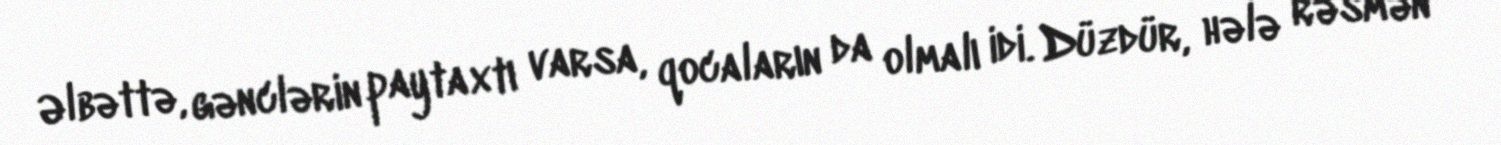
Əlbəttə, gənclərin paytaxtı varsa, qocaların da olmalı idi. Düzdür, hələ rəsmən